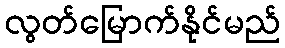
လွတ်မြောက်နိုင်မည်